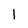
Character: 1